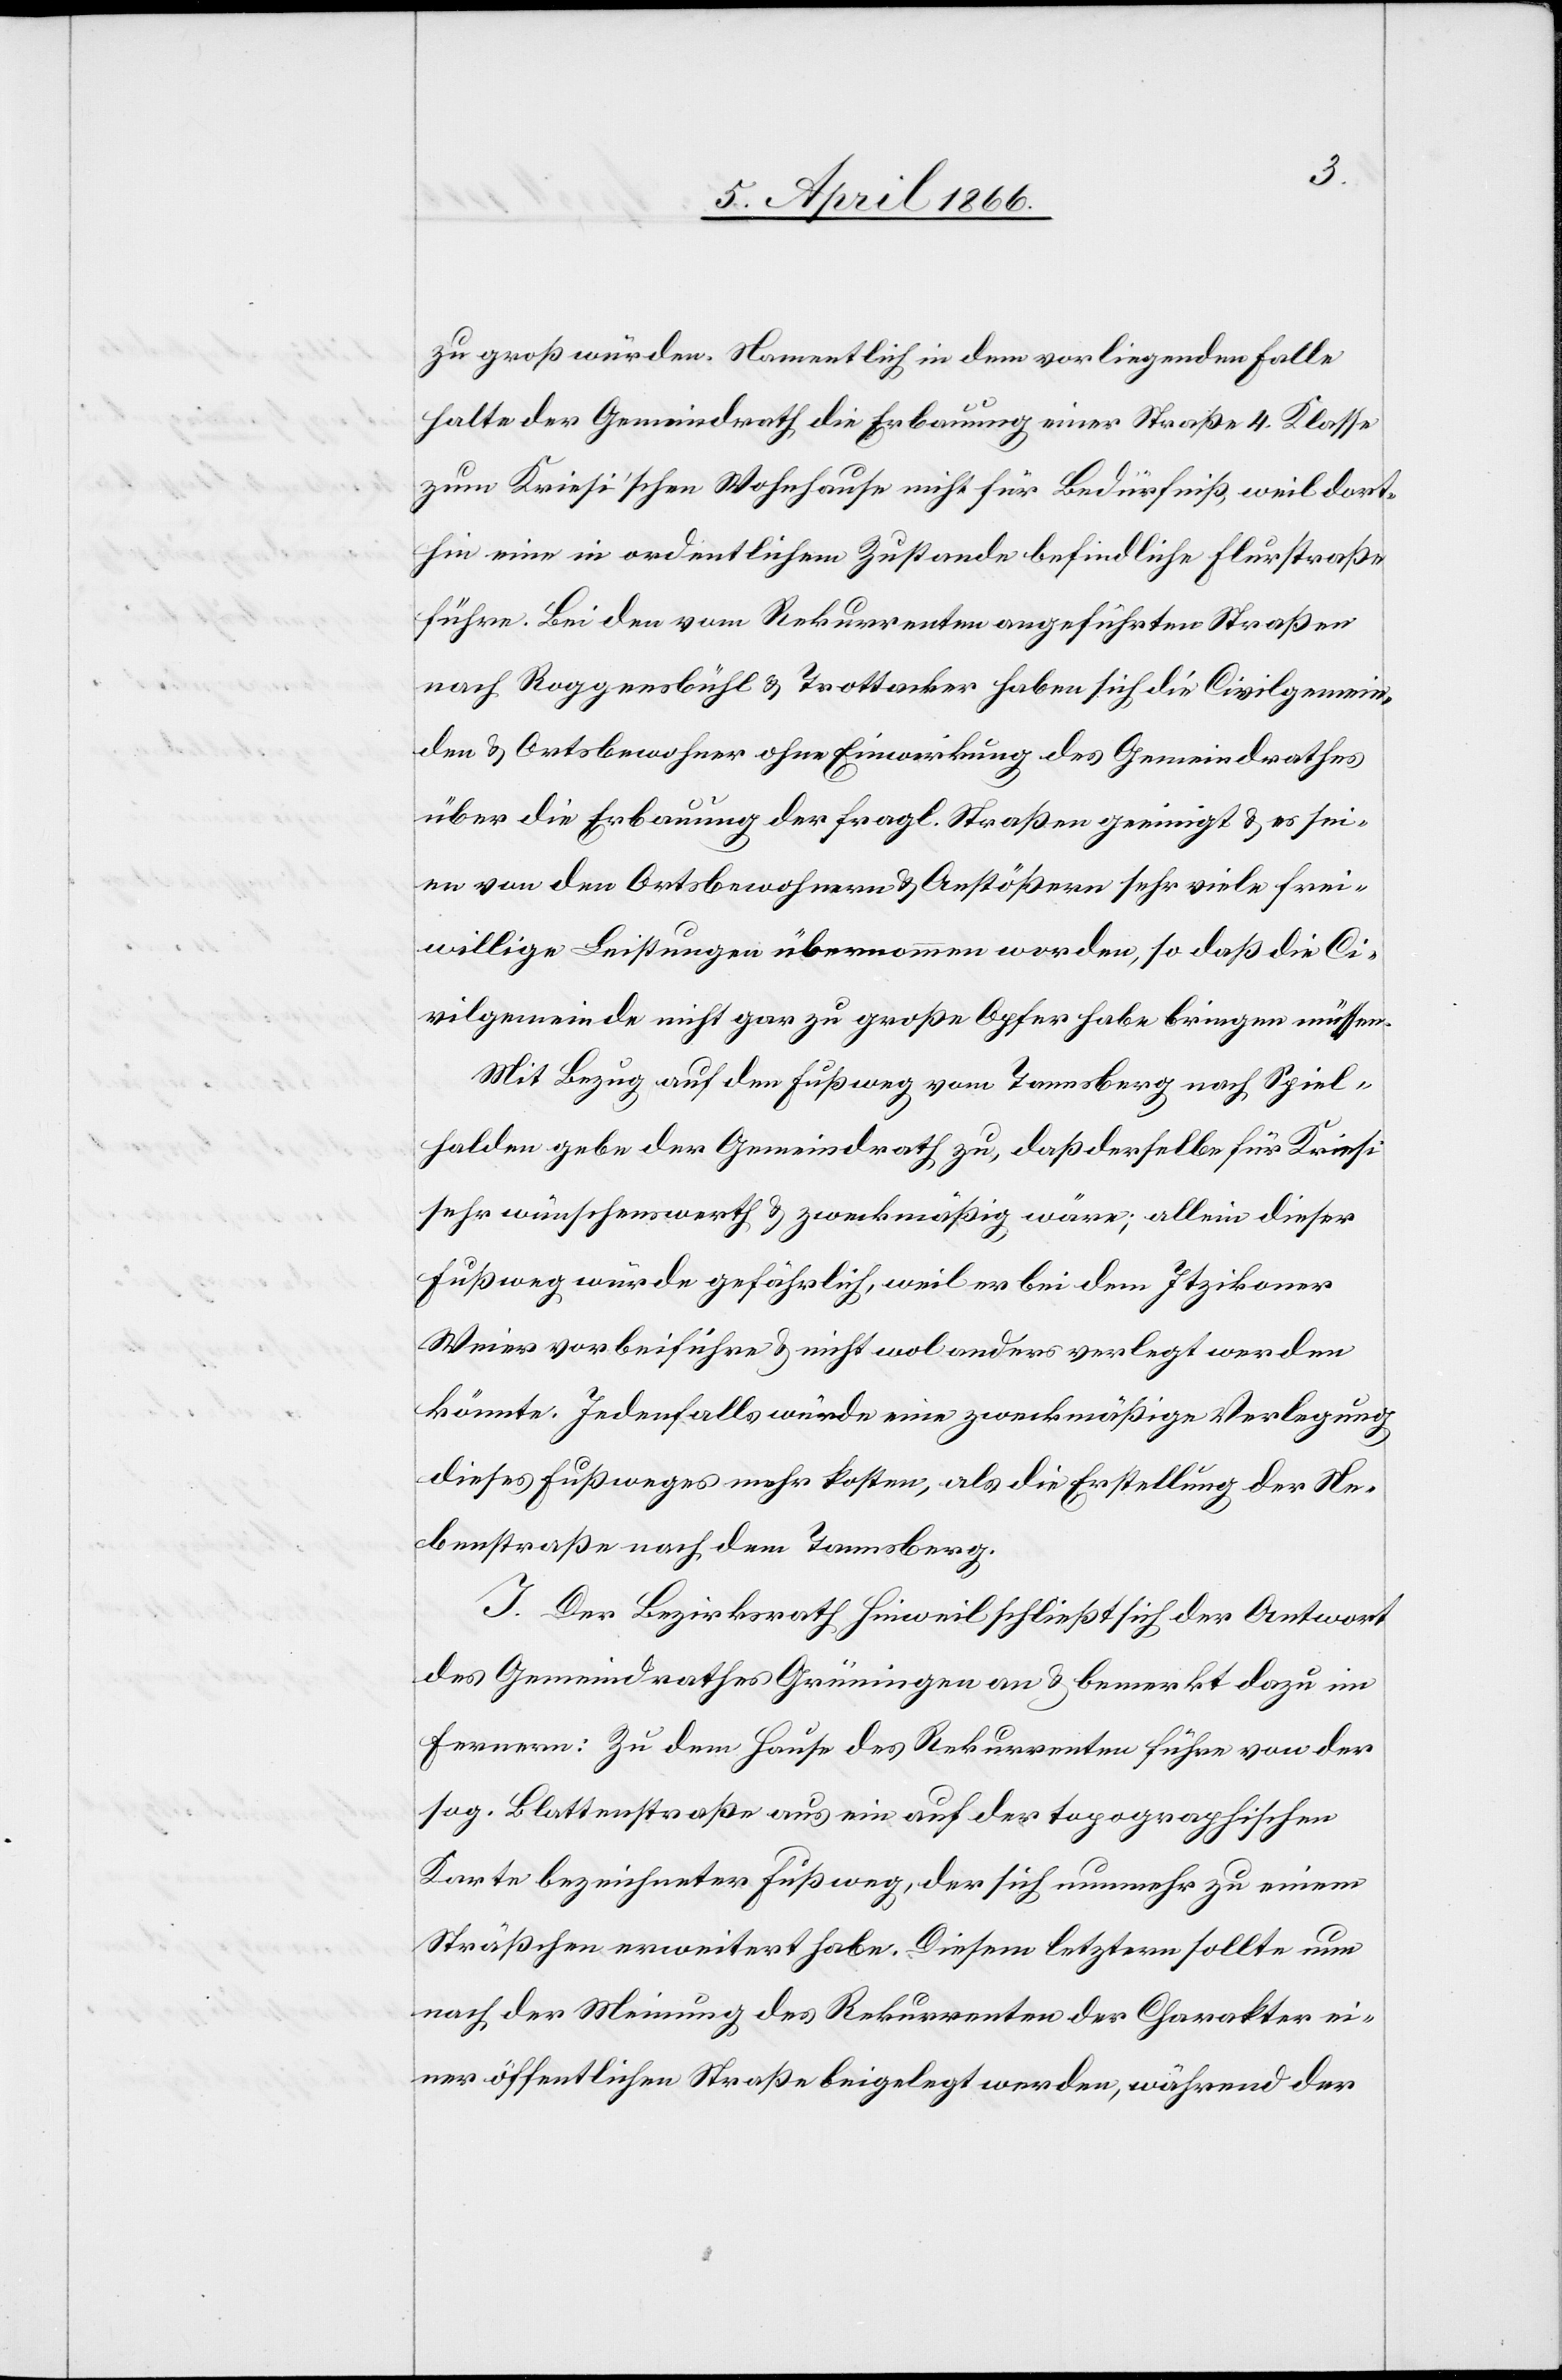
zu groß würden. Namentlich in dem vorliegenden Falle
halte der Gemeindrath die Erbauung einer Straße 4. Klasse
zum Kriesi’schen Wohnhause nicht für Bedürfniß, weil dort¬
hin eine in ordentlichem Zustande befindliche Flurstraße
führe. Bei den vom Rekurrenten angeführten Straßen
nach Roggensbühl u. Trottacker haben sich die Civilgemein¬
den u. Ortsbewohner ohne Einwirkung des Gemeindrathes
über die Erbauung der fragl. Straßen geeinigt u. es sei¬
en von den Ortsbewohnern u. Anstößern sehr viele frei¬
willige Leistungen übernommen worden, so daß die Ci¬
vilgemeinde nicht gar zu große Opfer habe bringen müssen.
Mit Bezug auf den Fußweg vom Tannsberg nach Spiel¬
halden gebe der Gemeindrath zu, daß derselbe für Kriesi
sehr wünschenswerth u. zweckmäßig wäre; allein dieser
Fußweg würde gefährlich, weil er bei dem Itzikoner
Weier vorbeiführe u. nicht wol anders verlegt werden
könnte. Jedenfalls würde eine zweckmäßige Verlegung
dieses Fußweges mehr kosten, als die Erstellung der Ne¬
benstraße nach dem Tannsberg.
J. Der Bezirksrath Hinweil schließt sich der Antwort
des Gemeindrathes Grüningen an u. bemerkt dazu im
Fernern: Zu dem Hause des Rekurrenten führe von der
sog. Blattenstraße aus ein auf der topographischen
Karte bezeichneter Fußweg, der sich nunmehr zu einem
Sträßchen erweitert habe. Diesem letztern sollte nun
nach der Meinung des Rekurrenten der Charakter ei¬
ner öffentlichen Straße beigelegt werden, während der